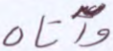
وآتاه